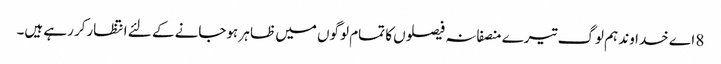
8 اے خدا وند ہم لوگ تیرے منصفانہ فیصلوں کا تمام لوگوں میں ظا ہر ہوجانے کے لئے انتظارکر رہے ہیں۔